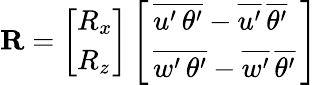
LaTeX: \textbf{R}=\left[\begin{array}{l}{R_{x}}\\ {R_{z}}\end{array}\right]\left[\begin{array}{l}{\, \overline{{{u^{\prime}\, \theta^{\prime}}}}-\overline{{{u^{\prime}}}}\, \overline{{{\theta^{\prime}}}}\, }\\ {\, \overline{{{w^{\prime}\, \theta^{\prime}}}}-\overline{{{w^{\prime}}}}\, \overline{{{\theta^{\prime}}}}\, }\end{array}\right]